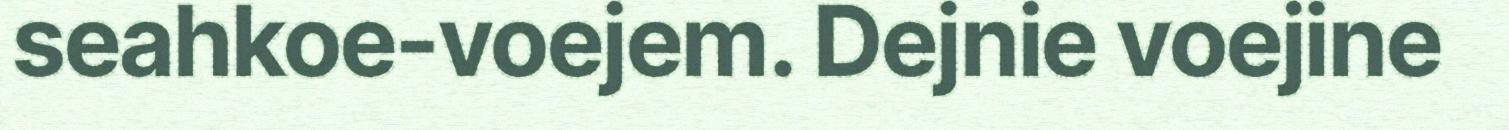
seahkoe-voejem. Dejnie voejine